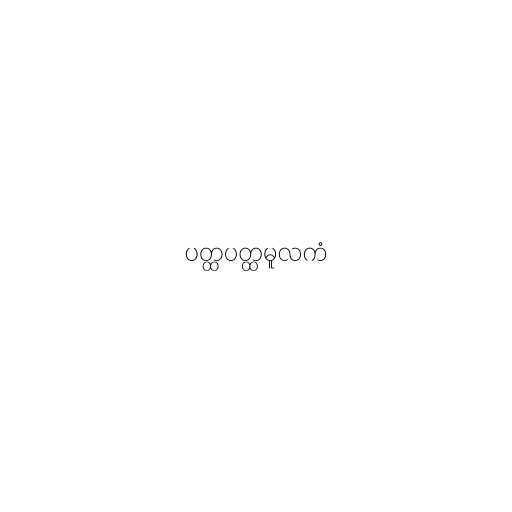
ပတ္ထပတ္ထမူလကံ